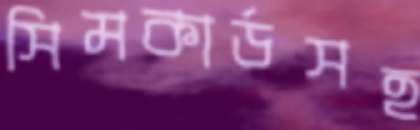
সিমকার্ডসহ